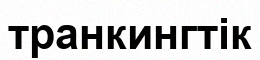
транкингтік